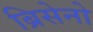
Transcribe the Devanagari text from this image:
ब्रिसेनो